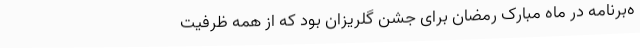
ه‌برنامه در ماه مبارک رمضان برای جشن گلریزان بود که از همه ظرفیت